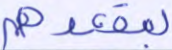
بمقعدهم